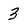
Character: 3